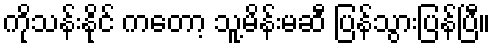
ကိုသန်းနိုင် ကတော့ သူ့မိန်းမဆီ ပြန်သွားပြန်ပြီ။